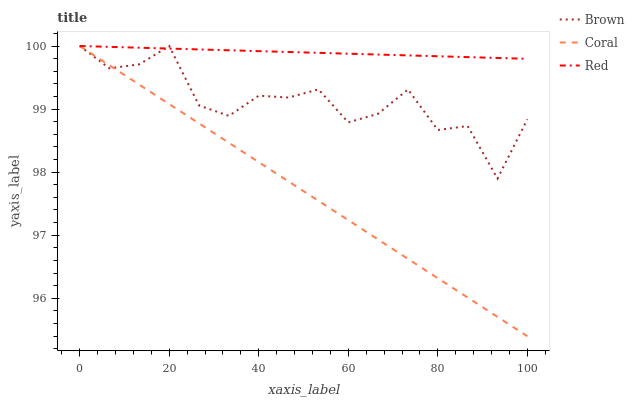
| xaxis_label | Brown | Coral | Red |
 | --- | --- | --- | --- |
 | 0 | 100 | 100 | 100 |
 | 6.67 | 99.6 | 99.7 | 100 |
 | 13.3 | 99.7 | 99.4 | 100 |
 | 20 | 100 | 99.1 | 100 |
 | 26.7 | 99.1 | 98.8 | 99.9 |
 | 33.3 | 98.9 | 98.5 | 99.9 |
 | 40 | 99.2 | 98.2 | 99.9 |
 | 46.7 | 99.2 | 97.9 | 99.9 |
 | 53.3 | 99.3 | 97.5 | 99.9 |
 | 60 | 98.8 | 97.2 | 99.9 |
 | 66.7 | 98.9 | 96.9 | 99.9 |
 | 73.3 | 99.3 | 96.6 | 99.9 |
 | 80 | 98.7 | 96.3 | 99.8 |
 | 86.7 | 98.7 | 96 | 99.8 |
 | 93.3 | 97.9 | 95.7 | 99.8 |
 | 100 | 98.8 | 95.4 | 99.8 |